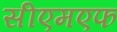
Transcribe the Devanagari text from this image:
सीएमएफ